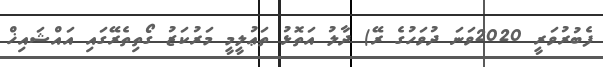
ފެބުރުވަރީ 2020ވަނަ ދުވަހުގެ ރޭ) ދާލު އަތޮޅު ތަޢުލީމީ މަރުކަޒު ގޯތިތެރޭގައި އައްޝައިޚް